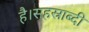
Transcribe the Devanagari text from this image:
है।सहस्राब्दी